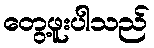
တွေ့ဖူးပါသည်